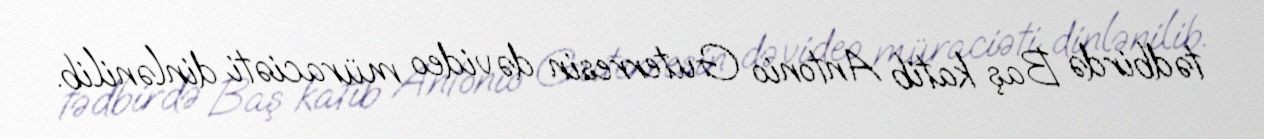
tədbirdə Baş katib Antonio Guterresin də video müraciəti dinlənilib.